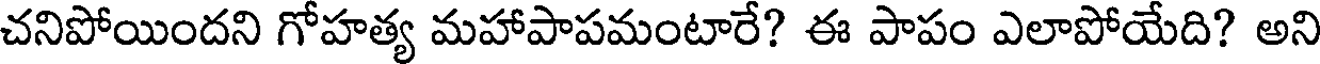
చనిపోయిందని గోహత్య మహాపాపమంటారే? ఈ పాపం ఎలాపోయేది? అని